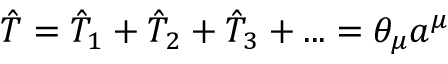
\hat { T } = \hat { T } _ { 1 } + \hat { T } _ { 2 } + \hat { T } _ { 3 } + . . . = \theta _ { \mu } a ^ { \mu }